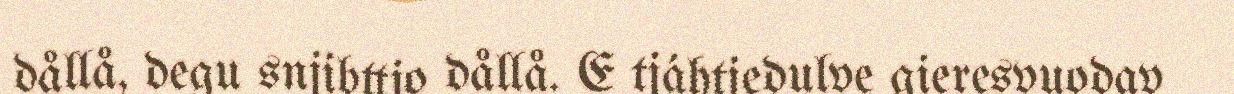
dållå, degu snjibttjo dållå. E tjáhtjedulve gieresvuodav